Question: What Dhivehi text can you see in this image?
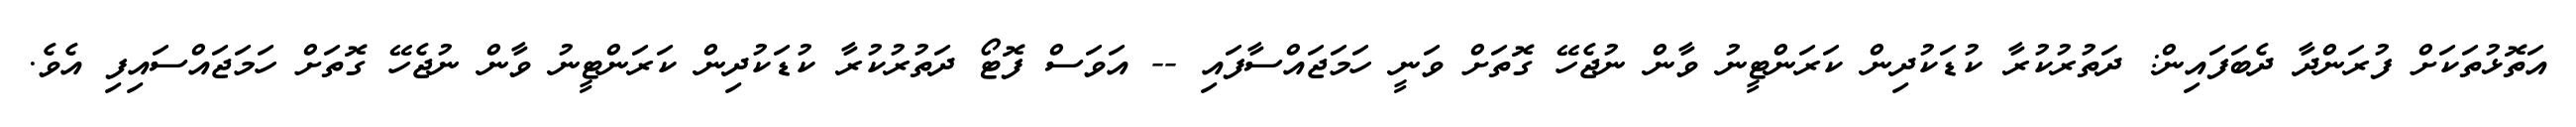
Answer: އަތޮޅުތަކަށް ފުރަންދާ ދެބަފައިން: ދަތުރުކުރާ ކުޑަކުދިން ކަރަންޓީނު ވާން ނުޖެހޭ ގޮތަށް ވަނީ ހަމަޖައްސާފައި -- އަވަސް ފޮޓޯ ދަތުރުކުރާ ކުޑަކުދިން ކަރަންޓީނު ވާން ނުޖެހޭ ގޮތަށް ހަމަޖައްސައިފި އެވެ.